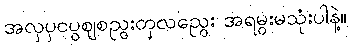
အလှပှငပွဈစညွးတှလညွေး အရမွးမသုံးပါနဲ့။